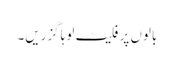
بالوں پر فلیٹ لوہا گزریں۔